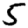
Digit: 5